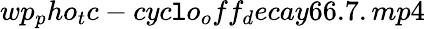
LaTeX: wp_{p}ho_{t}c-cyc\mathtt{l}o_{o}ff_{d}ecay66.7.mp4